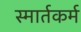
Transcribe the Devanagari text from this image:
स्मार्तकर्म